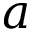
a